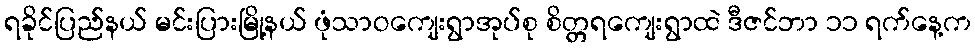
ရခိုင်ပြည်နယ် မင်းပြားမြို့နယ် ဖုံသာဝကျေးရွာအုပ်စု စိတ္တရကျေးရွာထဲ ဒီဇင်ဘာ ၁၁ ရက်နေ့က